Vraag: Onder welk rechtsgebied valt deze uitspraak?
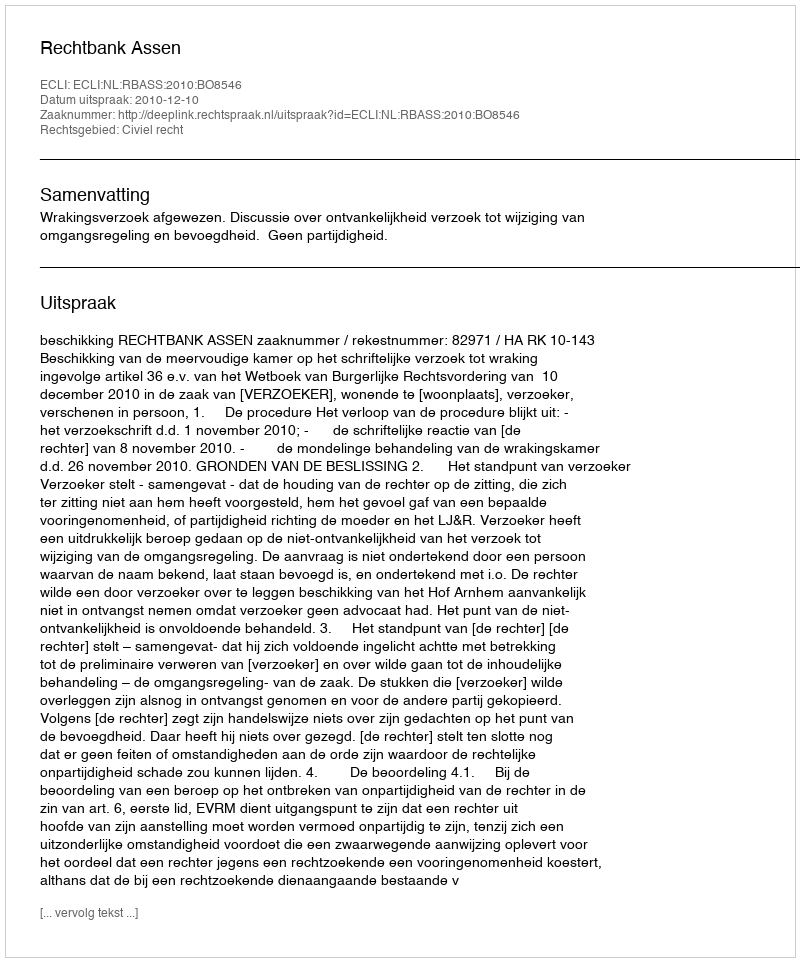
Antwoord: Civiel recht